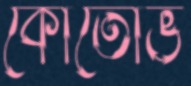
কোতোভ